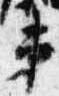
第